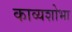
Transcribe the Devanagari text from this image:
काव्यशोभा